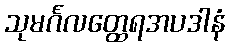
သုမင်္ဂလတ္ထေရအပဒါနံ